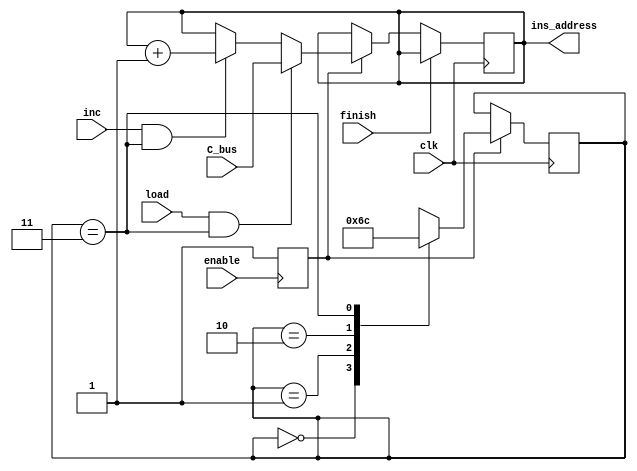
`timescale 1ns / 1ps
//////////////////////////////////////////////////////////////////////////////////
// Company: 
// Engineer: 
// 
// Design Name: 
// Module Name: PC
// Project Name: 
// Target Devices: 
// Tool Versions: 
// Description: 
// 
// Dependencies: 
// 
// Revision:
// Revision 0.01 - File Created
// Additional Comments:
// 
//////////////////////////////////////////////////////////////////////////////////


module PC(

input enable, //connects to enable 
//input reset,
input clk,
input finish,	
input load, //connects to PC Write signal (for tb 0)
input inc, //connects to inc signal 
input [7:0] C_bus, //connects to C_bus (?)
output reg [7:0] ins_address //connects to MBRU ins_in

);

//parameter IRAM_size = 8'd12;

reg start = 1'b0;
reg [1:0] state = 2'b0;

initial begin 
	ins_address <= 8'b0;
end

always@(posedge enable)
	start <= 1'b1;
	//make ins_address zero 
	
always@(negedge clk)
	begin
		if (start) begin
			case(state)
				2'b00 : state = 2'b01;
				2'b01 : state = 2'b10;
				2'b10 : state = 2'b11;
				2'b11 : state = 2'b00;
				default : state = state;
			endcase
		end
	end

always@(posedge clk)
	begin
		//if (reset) ins_address <= 8'b0;
		if (finish) ins_address <= ins_address;
		else if (start) begin
			//if (ins_address ==  IRAM_size) state <= 0; //freeze the PC when NOP is sent
			if (load && state == 2'b11) begin 
				ins_address <= C_bus; //or 8
				//check_load <= 1'b0;
			end else if (inc && state == 2'b11) begin
				ins_address <= ins_address + 8'b00000001;
				//check_inc <= 1'b0;
			end
			else begin
				ins_address <= ins_address;
			end
		end
	end

endmodule